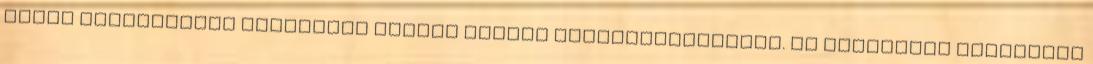
helyi üzletembert Elizabeth Castro Garcia meggyilkolásáért. Az egyiptomi születési